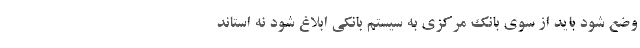
وضع شود باید از سوی بانک مرکزی به سیستم بانکی ابلاغ شود نه استاند